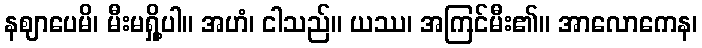
နဈာပေမိ၊ မီးမရှို့ပါ။ အဟံ၊ ငါသည်။ ယဿ၊ အကြင်မီး၏။ အာလောကေန၊